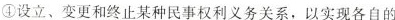
④设立、变更和终止某种民事权利义务关系，以实现各自的